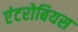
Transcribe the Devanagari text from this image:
एंटरोबियस